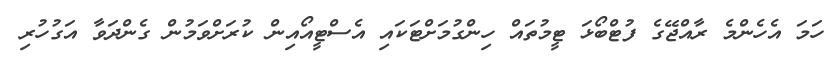
ހަމަ އެހެންމެ ރާއްޖޭގެ ފުޓްބޯޅަ ޓީމުތައް ހިންގުމަށްޓަކައި އެސްޓީއޯއިން ކުރަށްވަމުން ގެންދަވާ އަގުހުރި